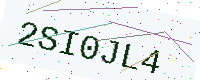
Text: 2SI0JL4